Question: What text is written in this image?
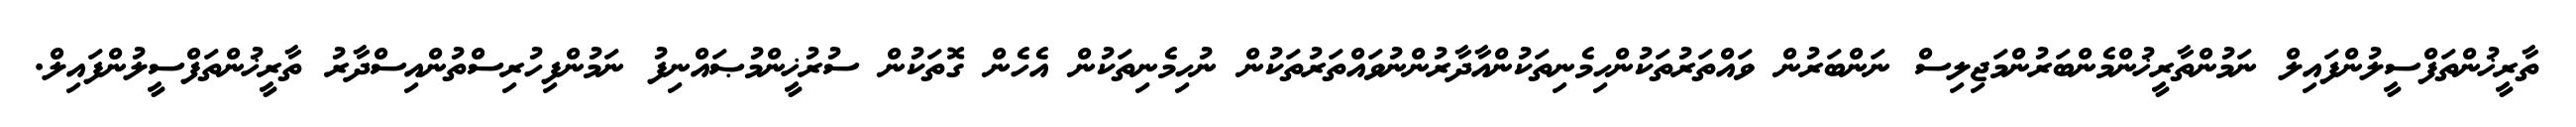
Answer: ތާރީޚުންތަފްސީލުންފައިލް ނަމުންތާރީޚުންމެންބަރުންމަޖިލިސް ނަންބަރުން ވައްތަރުތަކުންހިމެނިތަކުންއާދާރުންނުވައްތަރުތަކުން ނުހިމެނިތަކުން އެހެން ގޮތަކުން ސުރުޚީންމުޞައްނިފު ނަމުންފިހުރިސްތުންއިސްދާރު ތާރީޚުންތަފްސީލުންފައިލް.